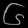
Digit: ၆